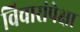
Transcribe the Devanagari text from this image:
विचारांपेक्षा